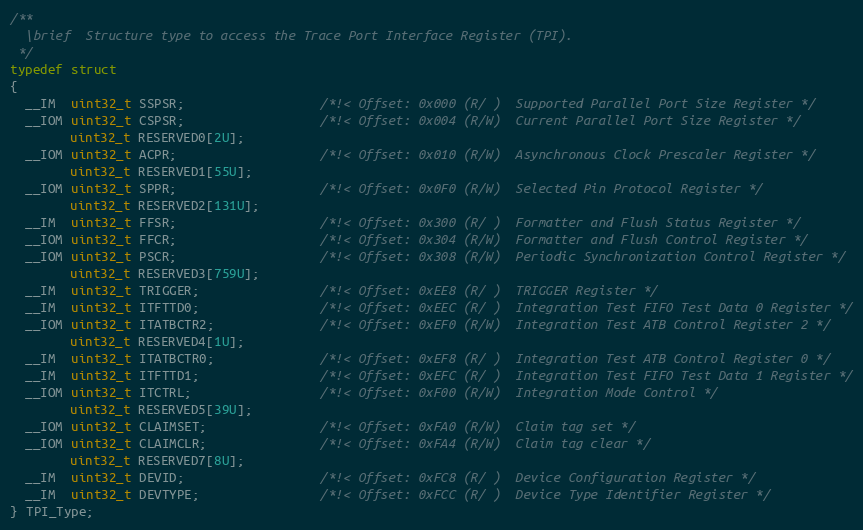
Language: C
/**
  \brief  Structure type to access the Trace Port Interface Register (TPI).
 */
typedef struct
{
  __IM  uint32_t SSPSR;                  /*!< Offset: 0x000 (R/ )  Supported Parallel Port Size Register */
  __IOM uint32_t CSPSR;                  /*!< Offset: 0x004 (R/W)  Current Parallel Port Size Register */
        uint32_t RESERVED0[2U];
  __IOM uint32_t ACPR;                   /*!< Offset: 0x010 (R/W)  Asynchronous Clock Prescaler Register */
        uint32_t RESERVED1[55U];
  __IOM uint32_t SPPR;                   /*!< Offset: 0x0F0 (R/W)  Selected Pin Protocol Register */
        uint32_t RESERVED2[131U];
  __IM  uint32_t FFSR;                   /*!< Offset: 0x300 (R/ )  Formatter and Flush Status Register */
  __IOM uint32_t FFCR;                   /*!< Offset: 0x304 (R/W)  Formatter and Flush Control Register */
  __IOM uint32_t PSCR;                   /*!< Offset: 0x308 (R/W)  Periodic Synchronization Control Register */
        uint32_t RESERVED3[759U];
  __IM  uint32_t TRIGGER;                /*!< Offset: 0xEE8 (R/ )  TRIGGER Register */
  __IM  uint32_t ITFTTD0;                /*!< Offset: 0xEEC (R/ )  Integration Test FIFO Test Data 0 Register */
  __IOM uint32_t ITATBCTR2;              /*!< Offset: 0xEF0 (R/W)  Integration Test ATB Control Register 2 */
        uint32_t RESERVED4[1U];
  __IM  uint32_t ITATBCTR0;              /*!< Offset: 0xEF8 (R/ )  Integration Test ATB Control Register 0 */
  __IM  uint32_t ITFTTD1;                /*!< Offset: 0xEFC (R/ )  Integration Test FIFO Test Data 1 Register */
  __IOM uint32_t ITCTRL;                 /*!< Offset: 0xF00 (R/W)  Integration Mode Control */
        uint32_t RESERVED5[39U];
  __IOM uint32_t CLAIMSET;               /*!< Offset: 0xFA0 (R/W)  Claim tag set */
  __IOM uint32_t CLAIMCLR;               /*!< Offset: 0xFA4 (R/W)  Claim tag clear */
        uint32_t RESERVED7[8U];
  __IM  uint32_t DEVID;                  /*!< Offset: 0xFC8 (R/ )  Device Configuration Register */
  __IM  uint32_t DEVTYPE;                /*!< Offset: 0xFCC (R/ )  Device Type Identifier Register */
} TPI_Type;